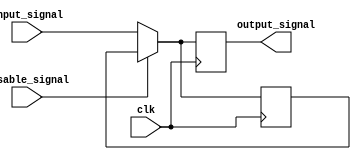
module Disable (
    input wire disable_signal,   // Control signal
    input wire clk,              // Clock signal for synchronous operation
    input wire [N-1:0] input_signal, // Input signal to be processed
    output reg [N-1:0] output_signal // Output signal
);
    parameter N = 8; // Define the width of the input and output signals

    // Internal register to hold the last valid output
    reg [N-1:0] last_valid_output;

    always @(posedge clk) begin
        if (disable_signal) begin
            // Disable state: retain the last valid output
            output_signal <= last_valid_output;
        end else begin
            // Enabled state: process the input signal
            output_signal <= input_signal;
            last_valid_output <= input_signal; // Update last valid output
        end
    end

endmodule